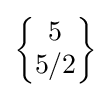
{\begin{Bmatrix}5\\5/2\end{Bmatrix}}